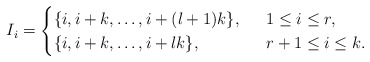
\begin{align*}I_i = \begin{cases}\{ i, i + k, \ldots, i + (l+1) k \}, &~~ 1 \leq i \leq r, \\\{ i, i + k, \ldots, i + l k \}, &~~ r + 1 \leq i \leq k. \\\end{cases}\end{align*}